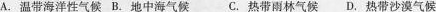
A.温带海洋性气候B.地中海气候C.热带雨林气候D.热带沙漠气候